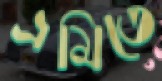
ভ্রমিতে